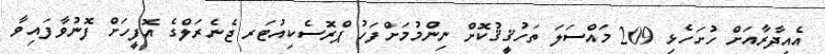
އެއިދާރާއަށް ހުށަހެޅި 209 މައްސަލަ ތަހުޤީޤުކޮށް ނިންމުމަށްފަހު ޕްރޮސެކިއުޓަރ ޖެނެރަލްގެ އޮފީހަށް ފޮނުވާފައިވާ